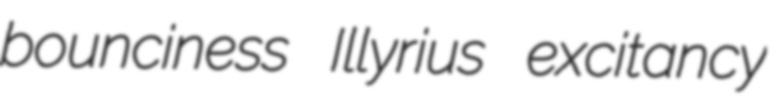
bounciness Illyrius excitancy